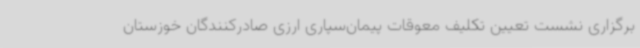
برگزاری نشست تعیین تکلیف معوقات پیمان‌سپاری ارزی صادرکنندگان خوزستان